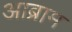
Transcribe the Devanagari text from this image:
आब्राम